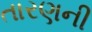
તારણની